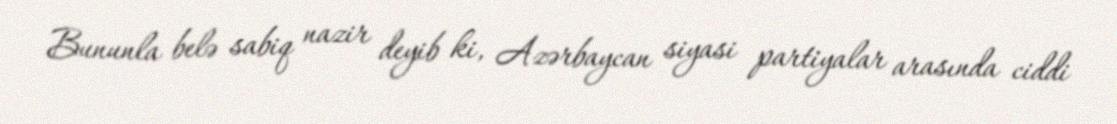
Bununla belə sabiq nazir deyib ki, Azərbaycan siyasi partiyalar arasında ciddi